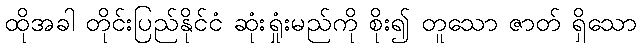
ထိုအခါ တိုင်းပြည်နိုင်ငံ ဆုံးရှုံးမည်ကို စိုး၍ တူသော ဇာတ် ရှိသော